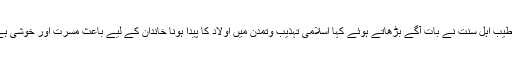
خطیب اہل سنت نے بات آگے بڑھاتے ہوئے کہا اسلامی تہذیب وتمدن میں اولاد کا پیدا ہونا خاندان کے لیے باعث مسرت اور خوشی ہے۔